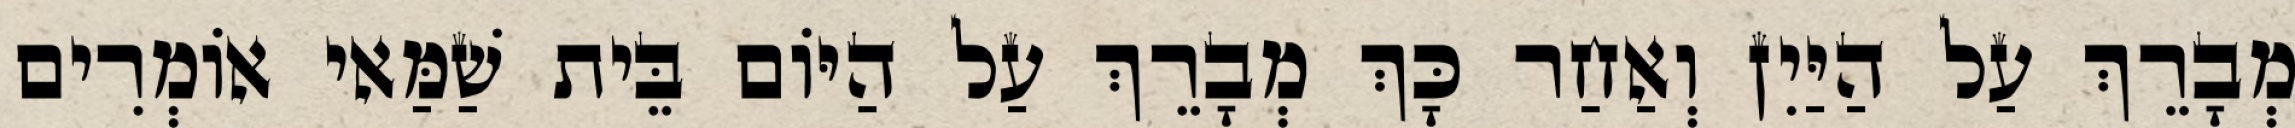
מְבָרֵךְ עַל הַיַּיִן וְאַחַר כָּךְ מְבָרֵךְ עַל הַיּוֹם בֵּית שַׁמַּאי אוֹמְרִים